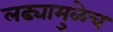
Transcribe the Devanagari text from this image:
लढ्यामुळेच